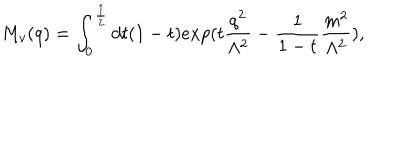
M _ { v } ( q ) = \int _ { 0 } ^ { \frac { 1 } { 2 } } d t ( 1 - t ) e x p ( t \frac { q ^ { 2 } } { \Lambda ^ { 2 } } - \frac { 1 } { 1 - t } \frac { m ^ { 2 } } { \Lambda ^ { 2 } } ) ,